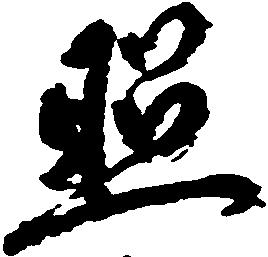
照